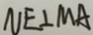
N E \bot M A